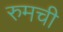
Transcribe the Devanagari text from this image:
रुमची